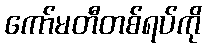
ကော်မတီတစ်ရပ်ကို